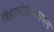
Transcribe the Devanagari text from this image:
विद्यापीठाप्रमाणेच